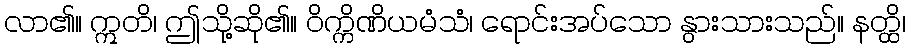
လာ၏။ ဣတိ၊ ဤသို့ဆို၏။ ဝိက္ကိဏိယမံသံ၊ ရောင်းအပ်သော နွားသားသည်။ နတ္ထိ၊